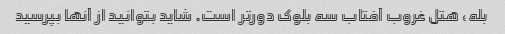
بله، هتل غروب آفتاب سه بلوک دورتر است. شاید بتوانید از آنها بپرسید